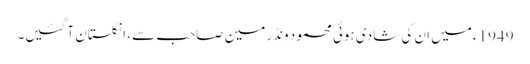
1949ء میں ان کی شادی ہوئی محمود ونڈرمین صاحب سے، انگلستان آ گئیں۔